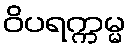
ဝိပရက္ကမ္မ